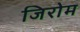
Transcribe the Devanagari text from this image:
जिरोम